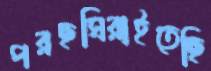
পরছঘিরাইতেছি